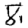
Digit: 8